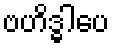
ဗဟိဒ္ဓါပေ